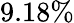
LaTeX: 9.18\%